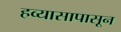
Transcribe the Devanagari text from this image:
हव्यासापासून